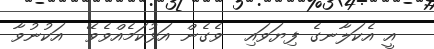
އީ އެކަލާނގެ ފިޔަވައި  ވެގެން އަޅުކަމެއްވެވޭ  އަކުނުވާ